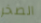
الصخر